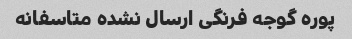
پوره گوجه فرنگی ارسال نشده متاسفانه